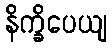
နိက္ခိပေယျ